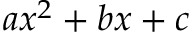
a x ^ { 2 } + b x + c